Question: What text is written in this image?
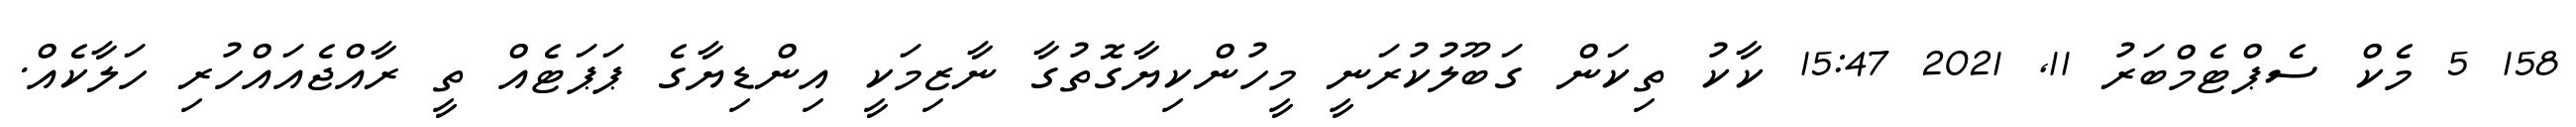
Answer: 158 5 މެކް ސެޕްޓެމްބަރު 11, 2021 15:47 ކާކު ތިކަން ގަބޫލުކުރަނީ މީހުންކިޔާގޮތުގާ ނާޒިމަކީ އިންޑިޔާގެ ޕަޕަޓެއް ތީ ރާއްޖެއައްހުރި ހަލާކެއް.